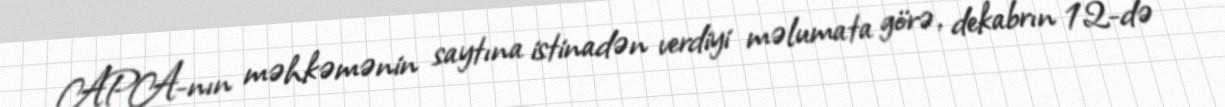
APA-nın məhkəmənin saytına istinadən verdiyi məlumata görə, dekabrın 12-də